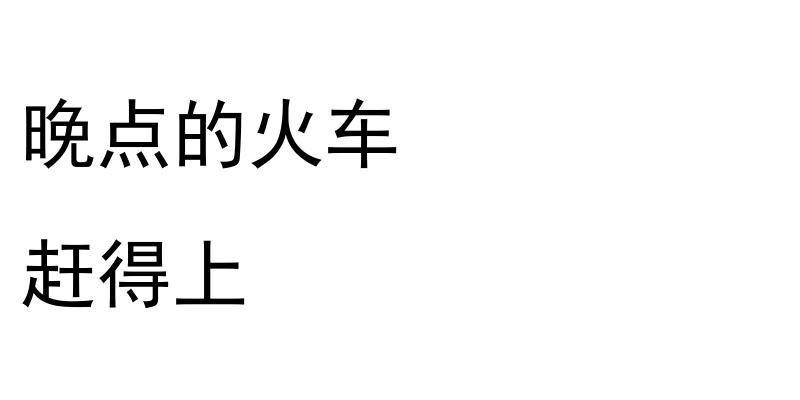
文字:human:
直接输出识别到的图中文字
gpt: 晚点的火车 赶得上